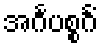
အင်္ဂပစ္စင်္ဂံ